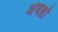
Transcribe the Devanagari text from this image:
अंबष्ठों